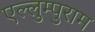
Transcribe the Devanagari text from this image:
एल्लुम्पुराम